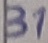
Text: 31